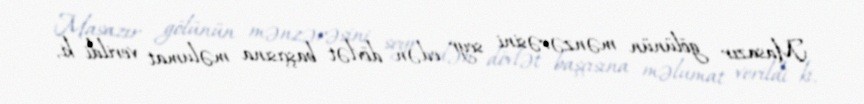
Masazır gölünün mənzərəsini seyr edən dövlət başçısına məlumat verildi ki,